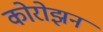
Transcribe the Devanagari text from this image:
कोरोझ़न